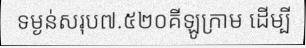
ទម្ងន់សរុប៧.៥២០គីឡូក្រាម ដើម្បី